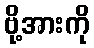
ဗို့အားကို